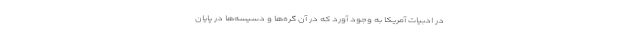
در ادبیات آمریکا به وجود آورد که در آن گره‌ها و دسیسه‌ها در پایان